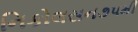
નિકોલસન૭૫મી